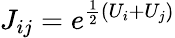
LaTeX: J_{ij}=e^{\frac{1}{2}(U_{i}+U_{j})}